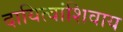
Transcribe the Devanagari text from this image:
दायित्वांशिवाय